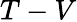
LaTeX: T-V